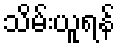
သိမ်းယူရန်